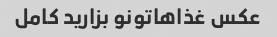
عکس غذاهاتونو بزارید کامل